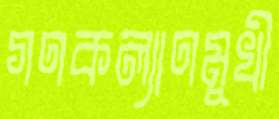
গণকল্যাণমুখী